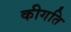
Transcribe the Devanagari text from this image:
कीगति